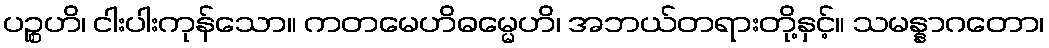
ပဉ္စဟိ၊ ငါးပါးကုန်သော။ ကတမေဟိဓမ္မေဟိ၊ အဘယ်တရားတို့နှင့်။ သမန္နာဂတော၊